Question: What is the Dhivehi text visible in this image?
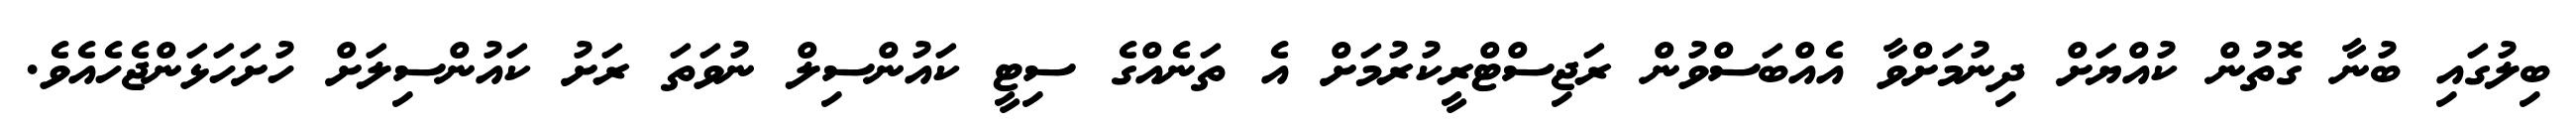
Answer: ބިލުގައި ބުނާ ގޮތުން ކުއްޔަށް ދިނުމަށްވާ އެއްބަސްވުން ރަޖިސްޓްރީކުރުމަށް އެ ތަނެއްގެ ސިޓީ ކައުންސިލް ނުވަތަ ރަށު ކައުންސިލަށް ހުށަހަޅަންޖެހެއެވެ.